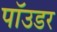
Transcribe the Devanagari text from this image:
पॉउडर